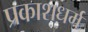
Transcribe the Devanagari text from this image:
प्रकाशधर्म